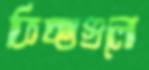
কিচ্ছাগুলো